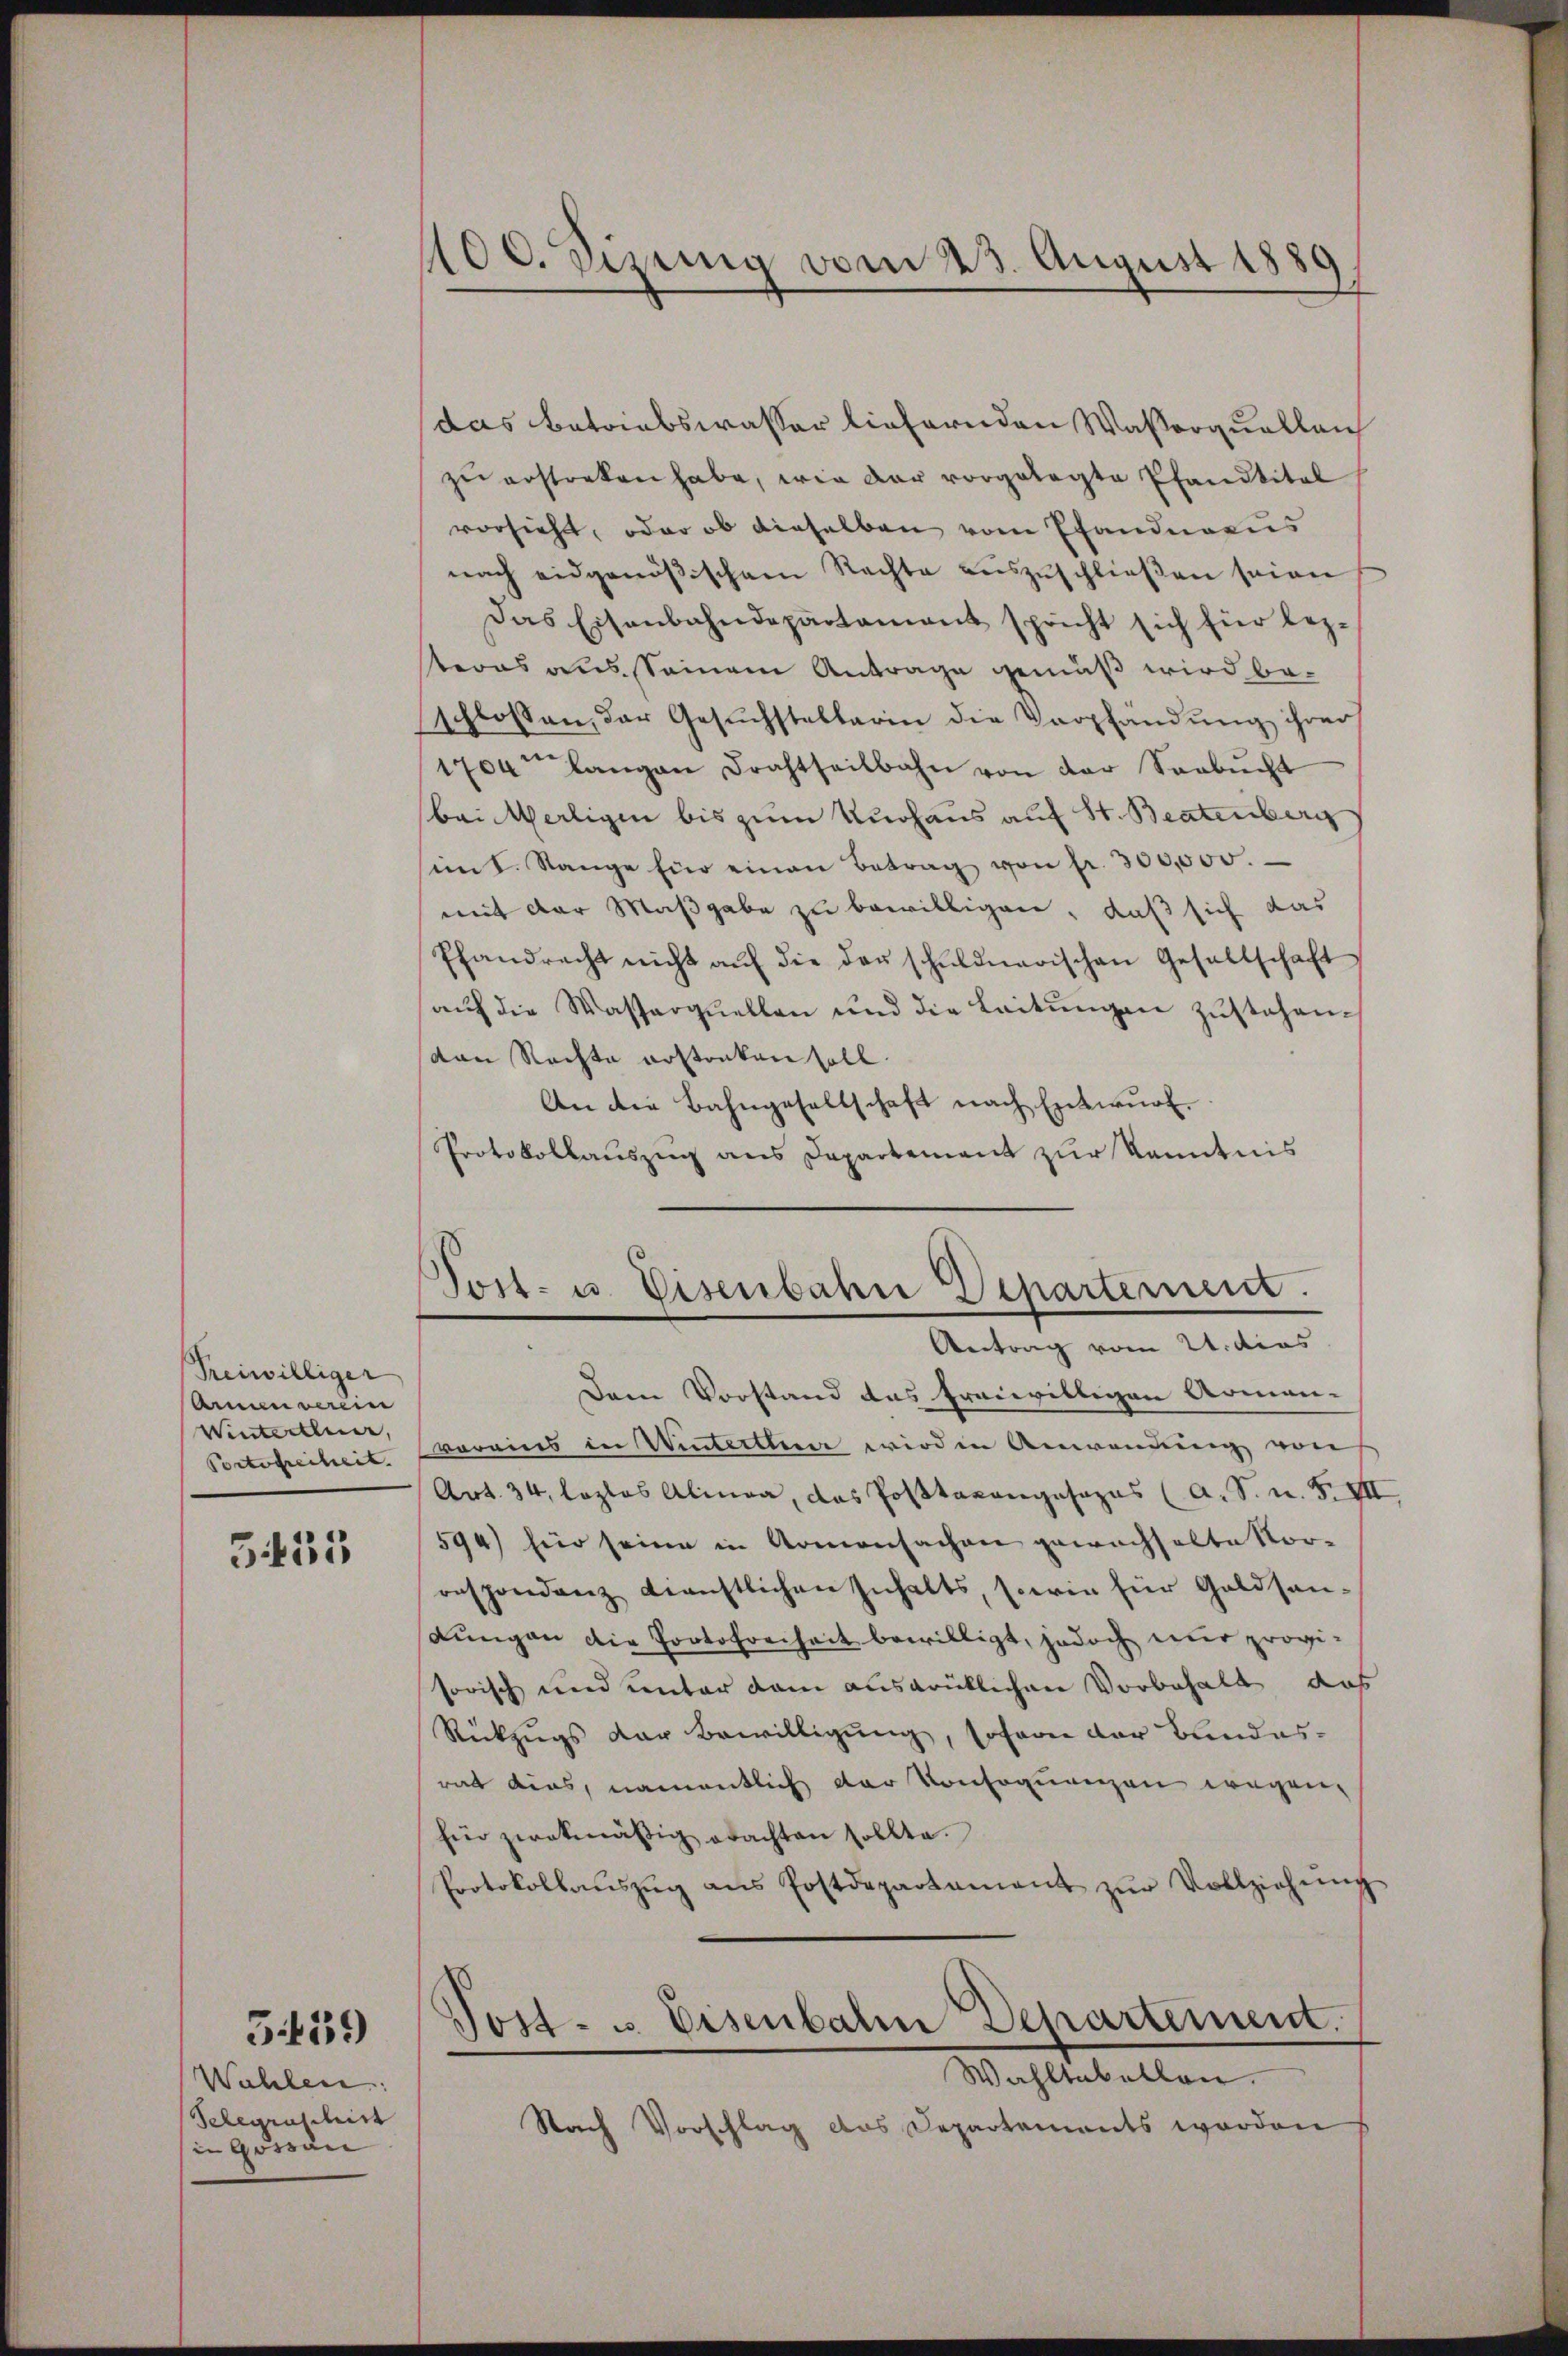
Freiwilliger
Armen verein
Winterthur,
Portofreiheit. |
535

Wahlen:
Schegruschrist
in Gossare

5439)

100. Sizung vom 23. August 1889
.

das Betriebswasser liefernden Wasserquellen
zŭ erstreken habe, wie der vorgelegte Pfandtitel
vorsieht, oder ob dieselben vom Pfandnacus
nach eidgenößischem Rechte auszuschließen seien
Das Eisenbahndepartament spricht sich für bez.
teres aus seinem Antrage gemäß wird beschlossen, der Gesuchstellerin die Verpfändung ihrer
1704 langen Drahtseilbahn von der Seebacht
bei Meiligen bis zum Kuchaus auf St. Beatenberg
int. Stange für einen Betrag von fr. 300,000.
mit der Maßgabe zu bewilligen, daß sich das
Pfandrecht nicht aŭf die der schuldnerischen Gesellschaft
aŭf die Wasserquellen und die Leitŭngen zustehen.
van Rechte erstanken soll
An die Bahngesellschaft nach Entwurf.
Protokollauszug aus Departement zur Kenntnis

Post- u. Eisenbahn Departement.
Antrag vom 24. dies

Dem Vorstand das freiwilligen Armen-
Vereins in Winterten wird in Anwendung von
Art. 34, lozlos Alinea, das Posttaxangesezes (A. S. n. F. VII
594) hier seine in Armensachen gewachhalte Vor-
respondenz dienstlichen Inhalts, sowie für Goldsan-
Lungen die Portofreiheit bewilligt, jedoch nur provi-
sorisch und unter dem ausdrüklichen Vorbehalt das
Rückzugs der Bewilligung, sofoon der Bundes-
rat dies, namentlich der Konsequenzen wegen,
für zwekmäßig erachten sollte.
Protokollaŭszŭg ans Postdepartament zŭr Vollziehŭng
Post- u. Eisenbahn Departement.
Wahltabellen.
Nach Vorschlag das Departements worden